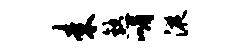
耒熟嵋液